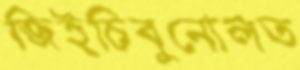
জিইচিবুনোলত